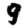
Digit: 9